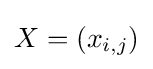
X=(x_{i,j})